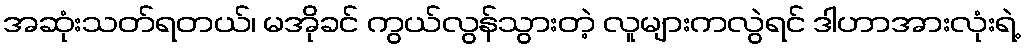
အဆုံးသတ်ရတယ်၊ မအိုခင် ကွယ်လွန်သွားတဲ့ လူများကလွဲရင် ဒါဟာအားလုံးရဲ့